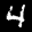
Label: 4